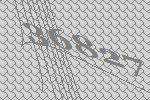
36827